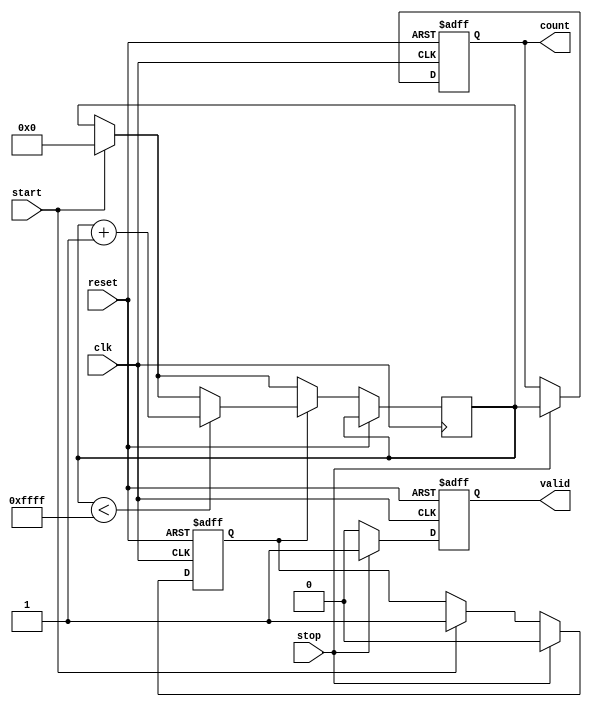
module TDC (
    input wire clk,          // Clock signal
    input wire reset,        // Asynchronous reset
    input wire start,        // Start signal
    input wire stop,         // Stop signal
    output reg [15:0] count, // Output count value (16-bit)
    output reg valid         // Output valid signal
);

    // Parameters
    parameter DELAY_LINE_SIZE = 16; // Number of delay elements
    parameter MAX_COUNT = 16'hFFFF;  // Maximum count value (16-bit)

    // Internal signals
    reg [DELAY_LINE_SIZE-1:0] delay_line; // Delay line
    reg counting;                          // Counting flag
    reg [15:0] temp_count;                 // Temporary count value

    // Delay line generation (simple shift register)
    always @(posedge clk or posedge reset) begin
        if (reset) begin
            delay_line <= 0;
        end else begin
            delay_line <= {delay_line[DELAY_LINE_SIZE-2:0], 1'b0}; // Shift left
        end
    end

    // Counting mechanism
    always @(posedge clk or posedge reset) begin
        if (reset) begin
            counting <= 0;
            count <= 0;
            valid <= 0;
        end else begin
            if (start) begin
                counting <= 1; // Start counting
                temp_count <= 0; // Reset temporary count
            end
            
            if (counting) begin
                if (temp_count < MAX_COUNT) begin
                    temp_count <= temp_count + 1; // Increment count
                end
            end
            
            if (stop) begin
                counting <= 0; // Stop counting
                count <= temp_count; // Capture the count value
                valid <= 1; // Indicate valid output
            end else begin
                valid <= 0; // Reset valid if not stopped
            end
        end
    end

endmodule